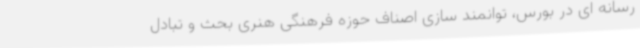
رسانه ای در بورس،‌ توانمند سازی اصناف حوزه فرهنگی هنری بحث و تبادل